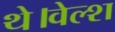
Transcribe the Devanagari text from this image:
थे।वेल्श